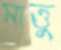
মাত্তু